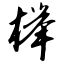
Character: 榉